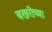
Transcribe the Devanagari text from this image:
बखरींच्या